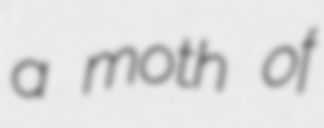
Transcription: a moth of